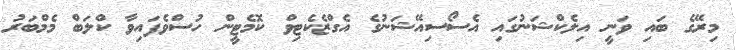
މިރޭގެ ބައި ވަނީ އިލެކްޝަނުގައި އެސޯސިއޭޝަނުގެ އެގްޒެކެޓިވް ކޮމެޓީން ހުސްވެފައިވާ ކްލަބް މެމްބަރު